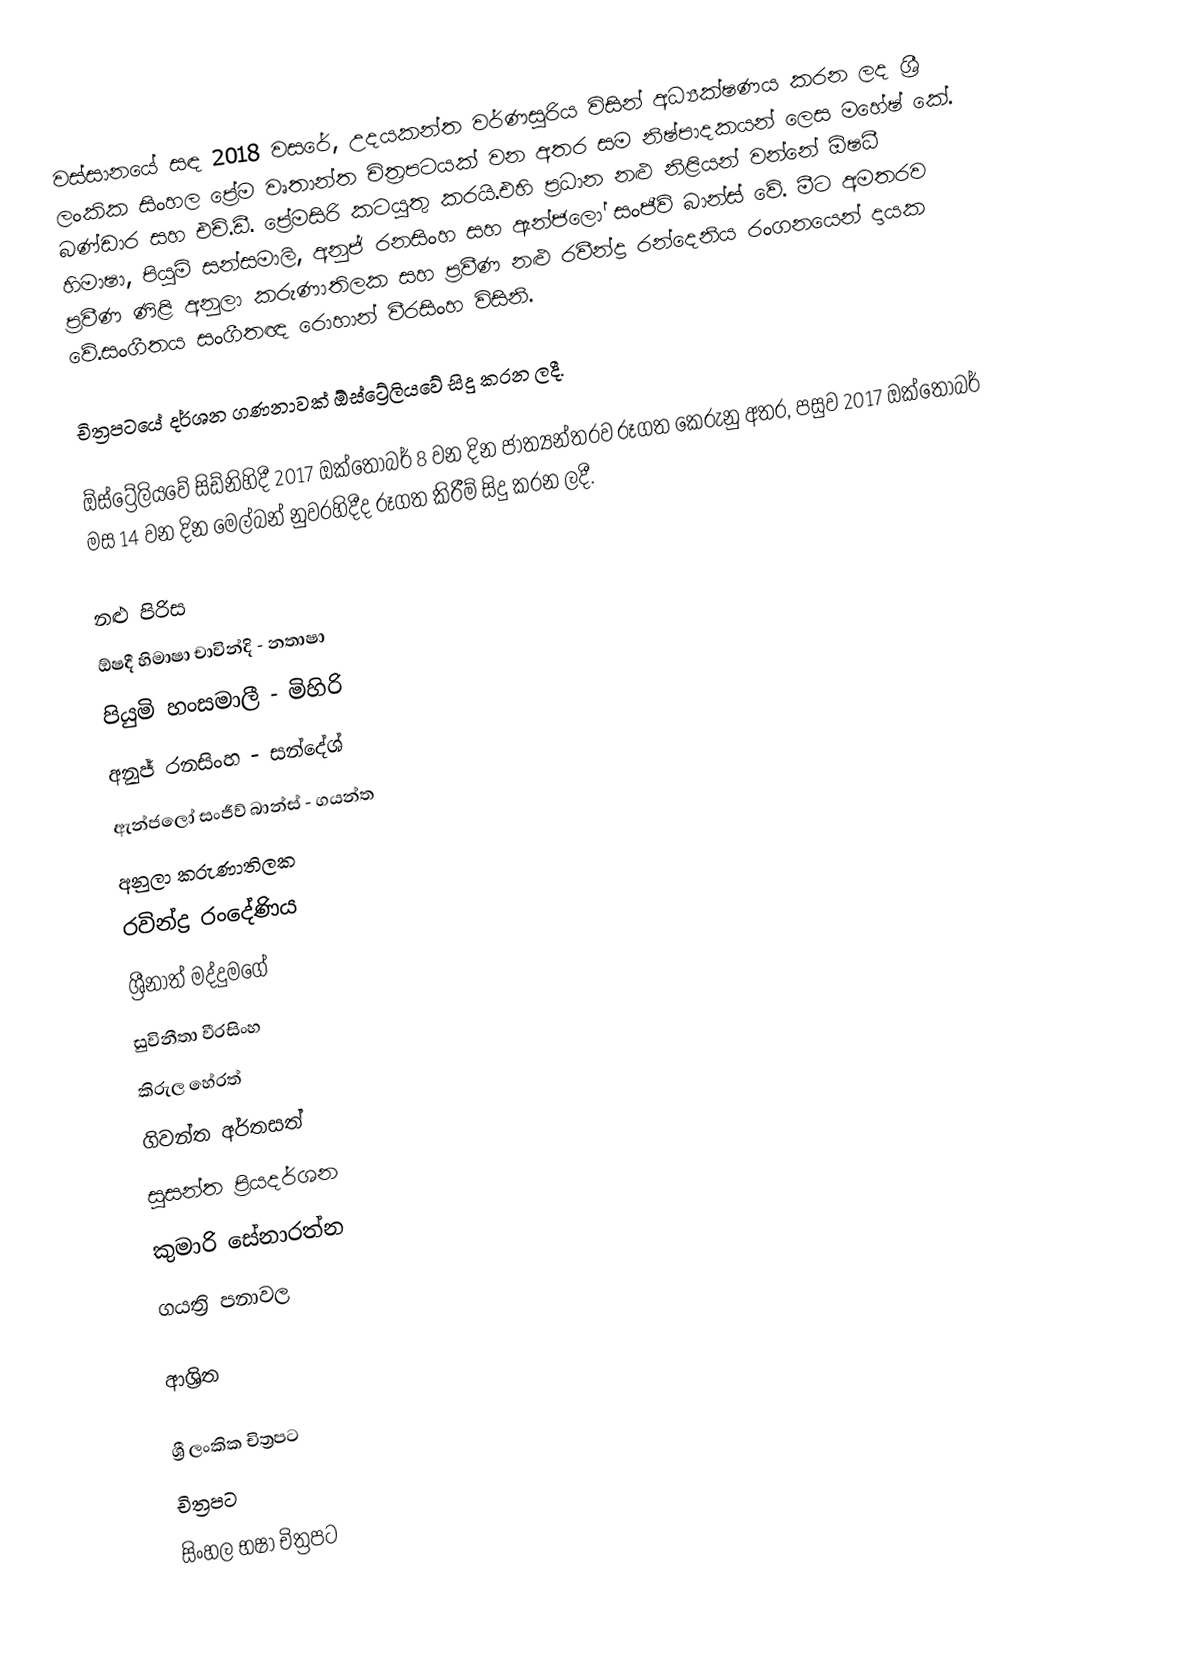
වස්සානයේ සඳ 2018 වසරේ, උදයකන්ත වර්ණසූරිය විසින් අධ්‍යක්ෂණය කරන ලද ශ්‍රී ලංකික සිංහල ප්‍රේම වෘතාන්ත චිත්‍රපටයක් වන අතර  සම නිෂ්පාදකයන් ලෙස මහේෂ් කේ. බණ්ඩාර සහ එච්.ඩී. ප්‍රේමසිරි කටයුතු කරයි.එහි ප්‍රධාන නළු නිළියන් වන්නේ ඕෂධී හිමාෂා, පියුමි සන්සමාලි, අනුජ් රනසිංහ සහ ඇන්ජලෝ සංජීව් බාන්ස් වේ. මීට අමතරව ප්‍රවීණ ණිළි අනුලා කරුණාතිලක සහ ප්‍රවීණ නළු රවීන්ද්‍ර රන්දෙනිය රංගනයෙන් දායක වේ.සංගීතය සංගීතඥ රොහාන් වීරසිංහ විසිනි.

චිත්‍රපටයේ දර්ශන ගණනාවක් ඕස්ට්‍රේලියවේ සිදු කරන ලදී.

ඕස්ට්‍රේලියවේ සිඩ්නිහිදී 2017 ඔක්තෝබර් 8 වන දින ජාත්‍යන්තරව රූගත කෙරුනු අතර, පසුව 2017 ඔක්තෝබර් මස 14 වන දින මෙල්බන් නුවරහිදීද රූගත කිරීම් සිදු කරන ලදී.

නළු පිරිස
 ඕෂදී හිමාෂා චාවින්දි - නතාෂා
 පියුමි හංසමාලී - මිහිරි
 අනුජ් රනසිංහ - සන්දේශ්
 ඇන්ජලෝ සංජීව් බාන්ස් - ගයන්ත
 අනුලා කරුණාතිලක
 රවින්ද්‍ර රංදේණිය
 ශ්‍රීනාත් මද්දුමගේ
 සුවිනීතා වීරසිංහ
 කිරුල හේරත්
 ගිවන්ත අර්තසත්
 සුසන්ත ප්‍රියදර්ශන
 කුමාරි සේනාරත්න
 ගයත්‍රි පනාවල

ආශ්‍රිත

ශ්‍රී ලංකික චිත්‍රපට
චිත්‍රපට
සිංහල භෂා චිත්‍රපට